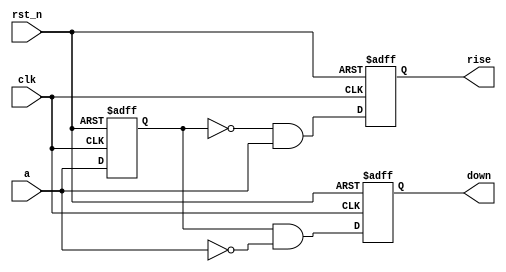
module edge_detect (
    input clk,
    input rst_n,
    input a,
    output reg rise,
    output reg down
);

    // Register to hold the previous value of 'a'
    reg a_prev;

    // Detect edges on the positive clock edge and when reset is not asserted
    always @(posedge clk or negedge rst_n) begin
        if (!rst_n) begin
            // On reset, clear the rise and down signals and the stored previous value of 'a'
            rise <= 0;
            down <= 0;
            a_prev <= 0;
        end else begin
            // On each clock edge, update the rise and down signals based on the current and previous values of 'a'
            rise <= (a_prev == 0) && (a == 1);  // Set 'rise' if 'a' was 0 and is now 1
            down <= (a_prev == 1) && (a == 0);  // Set 'down' if 'a' was 1 and is now 0
            a_prev <= a;  // Store the current value of 'a' for the next comparison
        end
    end

endmodule